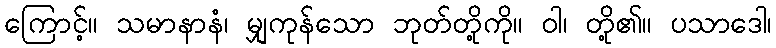
ကြောင့်။ သမာနာနံ၊ မျှကုန်သော ဘုတ်တို့ကို။ ဝါ၊ တို့၏။ ပသာဒေါ၊